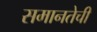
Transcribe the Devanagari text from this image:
समानतेची